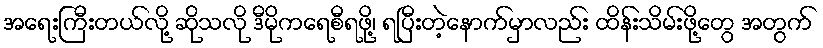
အရေးကြီးတယ်လို့ ဆိုသလို ဒီမိုကရေစီရဖို့၊ ရပြီးတဲ့နောက်မှာလည်း ထိန်းသိမ်းဖို့တွေ အတွက်